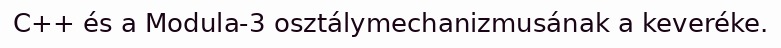
C++ és a Modula-3 osztálymechanizmusának a keveréke.